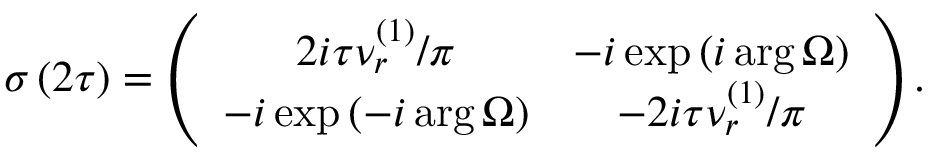
\sigma \left( 2 \tau \right) = \left( \begin{array} { c c } { 2 i \tau \nu _ { r } ^ { \left( 1 \right) } / \pi } & { - i \exp \left( i \arg \Omega \right) } \\ { - i \exp \left( - i \arg \Omega \right) } & { - 2 i \tau \nu _ { r } ^ { \left( 1 \right) } / \pi } \end{array} \right) .